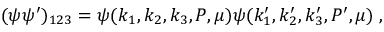
( \psi \psi ^ { \prime } ) _ { 1 2 3 } = \psi ( k _ { 1 } , k _ { 2 } , k _ { 3 } , P , \mu ) \psi ( k _ { 1 } ^ { \prime } , k _ { 2 } ^ { \prime } , k _ { 3 } ^ { \prime } , P ^ { \prime } , \mu ) \; ,